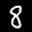
Label: 8